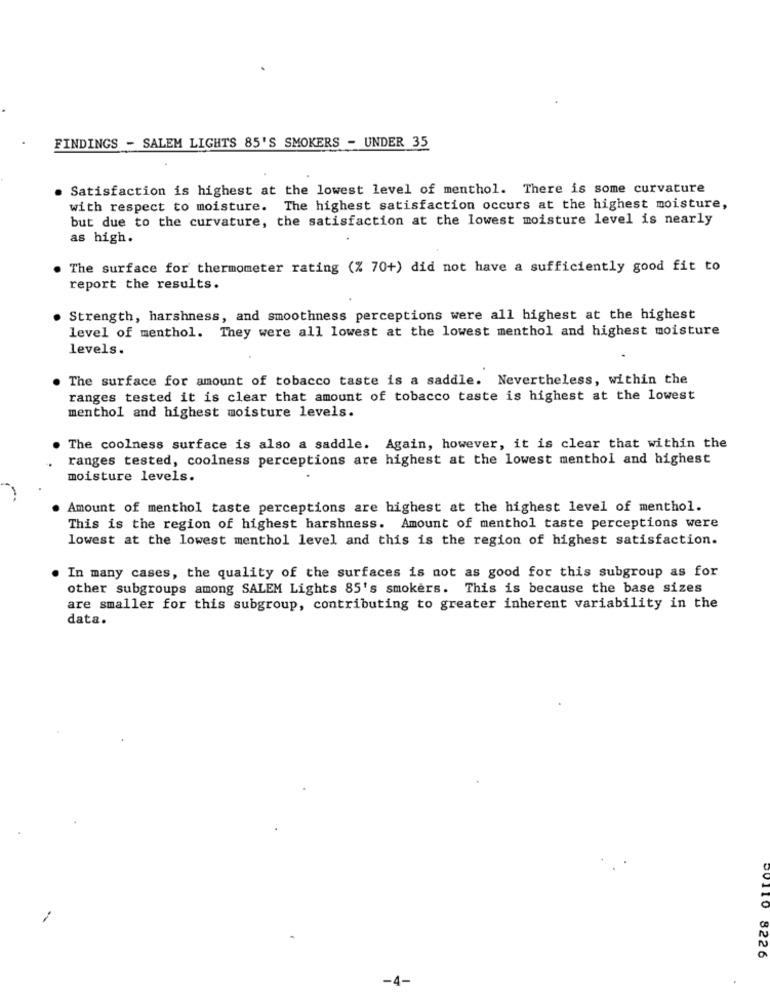
FINDINGS - SALEM LIGHTS 85'S SMOKERS - UNDER 35
Satisfaction is highest at the lowest level of menthol. There is some curvature
with respect to moisture. The highest satisfaction occurs at the highest moisture,
but due to the curvature, the satisfaction at the lowest moisture level is nearly
as high.
The surface for thermometer rating (% 70+) did not have a sufficiently good fit to
report the results.
Strength, harshness, and smoothness perceptions were all highest at the highest
level of menthol. They were all lowest at the lowest menthol and highest moisture
levels.
The surface for amount of tobacco taste is a saddle. Nevertheless, within the
ranges tested it is clear that amount of tobacco taste is highest at the lowest
menthol and highest moisture levels.
The coolness surface is also a saddle. Again, however, it is clear that within the
ranges tested, coolness perceptions are highest at the lowest menthol and highest
moisture levels.
Amount of menthol taste perceptions are highest at the highest level of menthol.
This is the region of highest harshness. Amount of menthol taste perceptions were
lowest at the lowest menthol level and this is the region of highest satisfaction.
In many cases, the quality of the surfaces is not as good for this subgroup as for
other subgroups among SALEM Lights 85's smokers. This is because the base sizes
are smaller for this subgroup, contributing to greater inherent variability in the
data.
8226
-4-